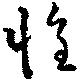
惶